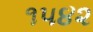
૧૫૪૨